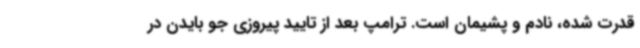
قدرت شده، نادم و پشیمان است. ترامپ بعد از تایید پیروزی جو بایدن در